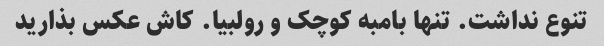
تنوع نداشت. تنها بامبه کوچک و رولبیا. کاش عکس بذارید